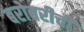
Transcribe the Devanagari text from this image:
बरोबरीची